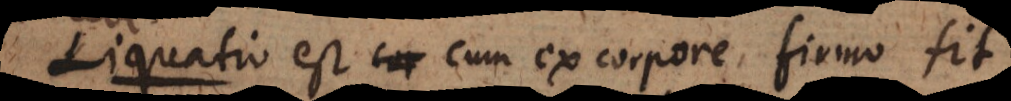
i o est cum ex corpore firmo fit